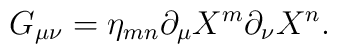
G_{\mu\nu} = \eta_{mn} \partial_\mu X^m \partial_\nu X^n.